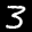
Label: 3